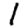
Digit: 1